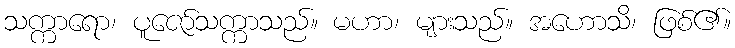
သက္ကာရော၊ ပူဇော်သက္ကာသည်။ မဟာ၊ များသည်။ အဟောသိ၊ ဖြစ်၏။